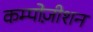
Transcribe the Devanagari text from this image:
कम्पोज़ीशन